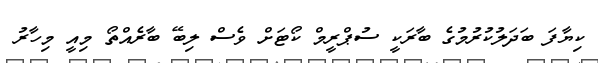
ކިޔާފަ ބަދަލުކުރުމުގެ ބާރަކީ ސުޕްރީމް ކޯޓަށް ވެސް ލިބޭ ބާރެއްތޯ މިއީ މިހާރު